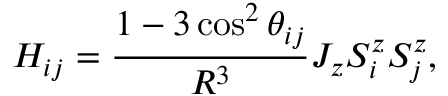
H _ { i j } = \frac { 1 - 3 \cos ^ { 2 } \theta _ { i j } } { R ^ { 3 } } J _ { z } S _ { i } ^ { z } S _ { j } ^ { z } ,